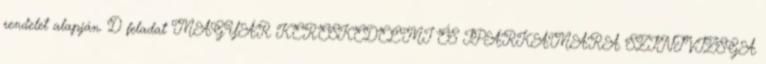
rendelet alapján. D feladat MAGYAR KERESKEDELMI ÉS IPARKAMARA SZINTVIZSGA